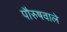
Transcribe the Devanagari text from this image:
पौरुषवाले